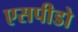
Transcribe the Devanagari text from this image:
एसपीडो